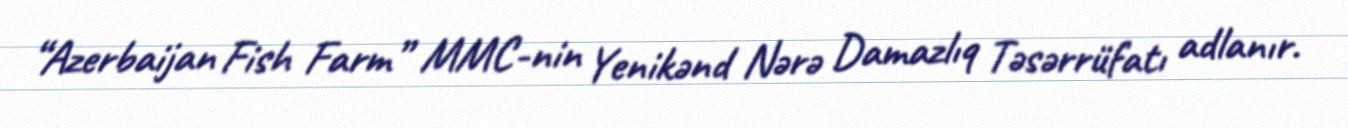
“Azerbaijan Fish Farm” MMC-nin Yenikənd Nərə Damazlıq Təsərrüfatı adlanır.